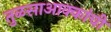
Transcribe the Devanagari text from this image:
तुळसाआक्कांची